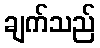
ချက်သည်